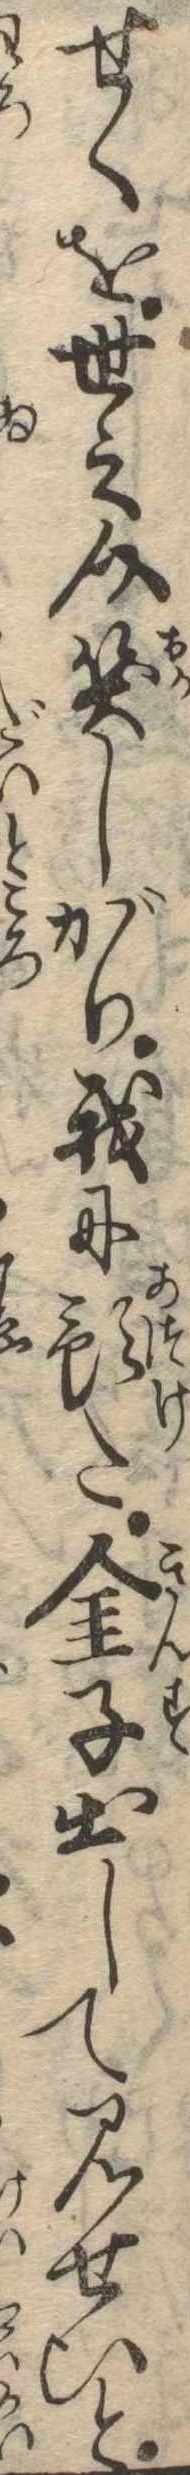
せくを世之介笑しがり我に預た金子出して見せひと